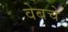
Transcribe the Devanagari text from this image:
वेबचे